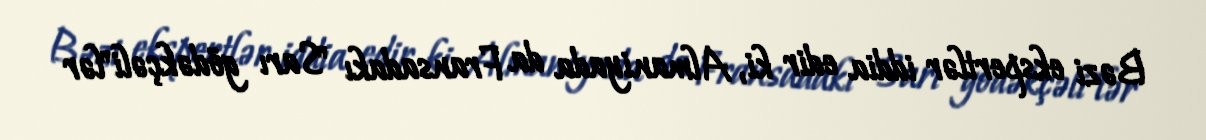
Bəzi ekspertlər iddia edir ki, Almaniyada da Fransadakı "Sarı gödəkçəli"lər